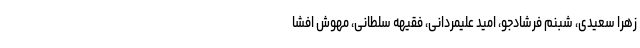
زهرا سعیدی، شبنم فرشادجو، امید علیمردانی، فقیهه سلطانی، مهوش افشا